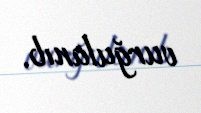
vurğulanıb.